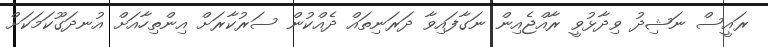
ރައީސް ނަޝިދު ވިދާޅުވީ ރާއްޖެއިން ނަގާފައިވާ ދަރަނިތައް ދެއްކުން ސަރުކާރަށް އިންތިހާއަށް އުނދަގޫކަމަކަށް